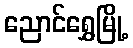
ညောင်ရွှေမြို့